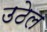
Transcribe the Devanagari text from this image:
उठेल